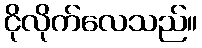
ငိုလိုက်လေသည်။